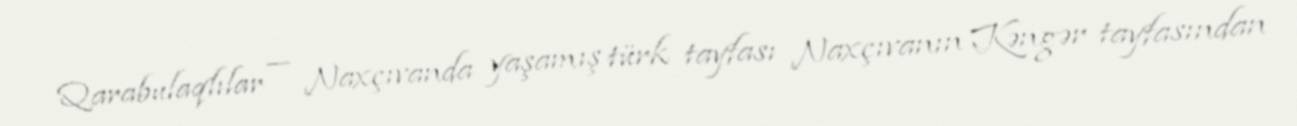
Qarabulaqlılar — Naxçıvanda yaşamış türk tayfası Naxçıvanın Kəngər tayfasından